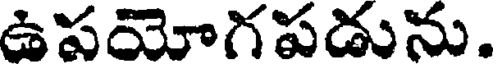
ఉపయోగపడును.